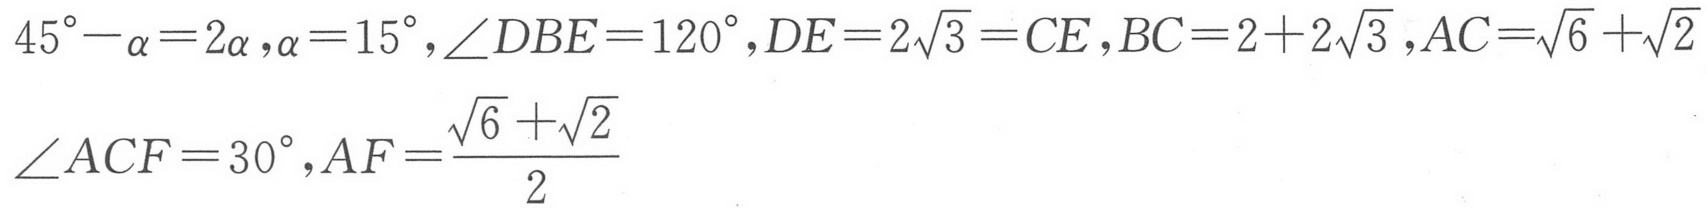
\(45^{\circ}-\alpha = 2\alpha\)，\(\alpha = 15^{\circ}\)，\(\angle DBE = 120^{\circ}\)，\(DE = 2\sqrt{3}=CE\)，\(BC = 2 + 2\sqrt{3}\)，\(AC=\sqrt{6}+\sqrt{2}\)
\(\angle ACF = 30^{\circ}\)，\(AF=\frac{\sqrt{6}+\sqrt{2}}{2}\)